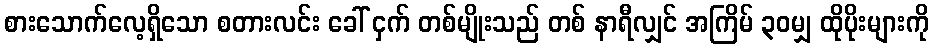
စားသောက်လေ့ရှိသော စတားလင်း ခေါ် ငှက် တစ်မျိုးသည် တစ် နာရီလျှင် အကြိမ် ၃၀မျှ ထိုပိုးများကို